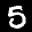
Label: 5